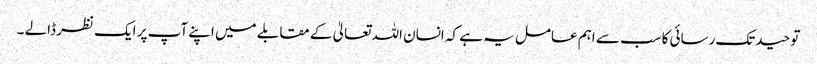
توحیدتک رسائی کاسب سے اہم عامل یہ ہے کہ انسان اللہ تعالیٰ کے مقابلے میں اپنے آپ پر ایک نظر ڈالے ۔